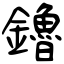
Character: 鑥